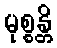
မုစ္စန္တိ